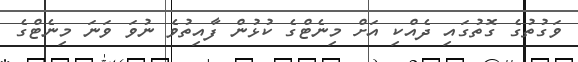
ވަގުތުގެ ގޮތުގައި ދެއްކި އަށް މިނެޓްގެ ކުޅުން ފާއިތުވެ ނުވަ ވަނަ މިނެޓްގެ